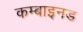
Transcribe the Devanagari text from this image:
कम्बाइनड